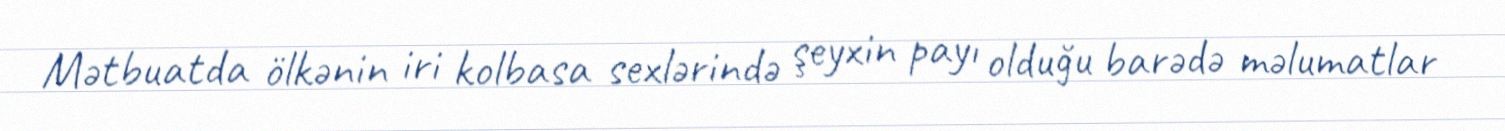
Mətbuatda ölkənin iri kolbasa sexlərində şeyxin payı olduğu barədə məlumatlar